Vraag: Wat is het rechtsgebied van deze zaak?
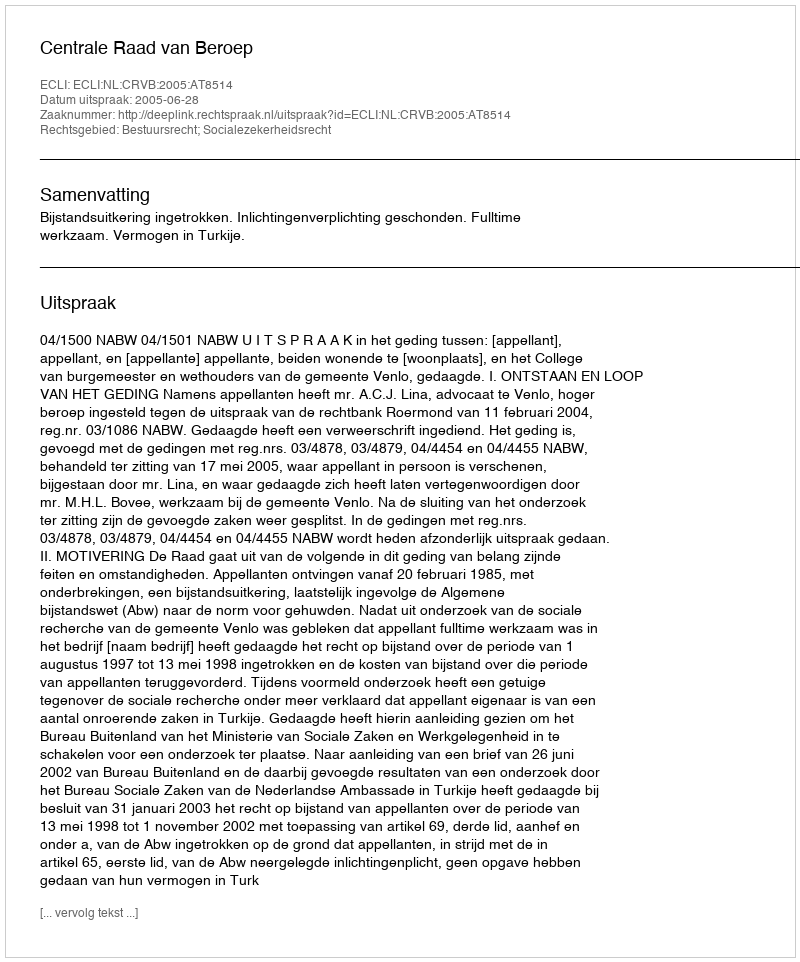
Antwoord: Bestuursrecht; Socialezekerheidsrecht